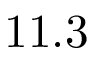
1 1 . 3